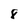
Character: 8